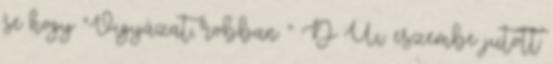
se hogy “Vigyázat, robban ” :D U.i.: eszembe jutott